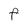
Character: F